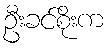
ဦးခင်စိုးက